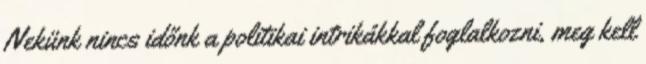
Nekünk nincs időnk a politikai intrikákkal foglalkozni, meg kell